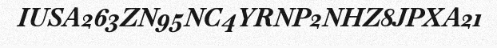
IUSA263ZN95NC4YRNP2NHZ8JPXA21